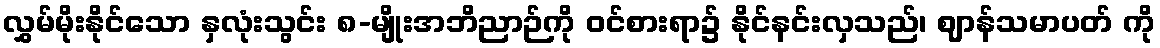
လွှမ်မိုးနိုင်သော နှလုံးသွင်း ၈-မျိုးအဘိညာဉ်ကို ဝင်စားရာ၌ နိုင်နင်းလှသည်၊ ဈာန်သမာပတ် ကို